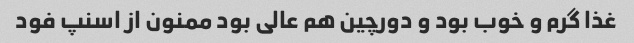
غذا گرم و خوب بود و دورچین هم عالی بود ممنون از اسنپ فود